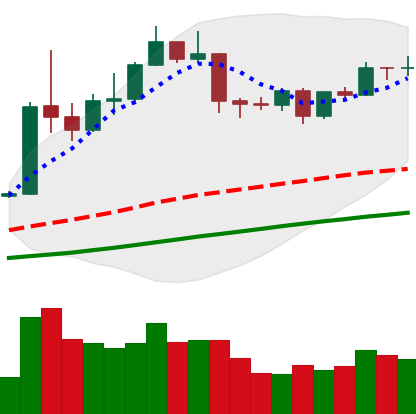
Ticker: ETH-USD
Chart end date: 2019-04-20
Forward return: -11.103%
Label: down_7plus